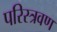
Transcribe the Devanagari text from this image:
परिस्त्रवण